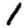
Digit: 1